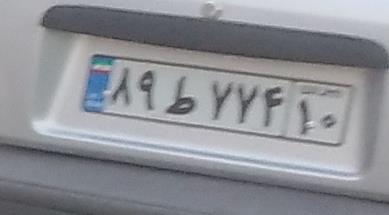
۸۹ط۷۷۴۱۰